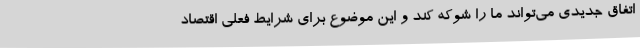
اتفاق جدیدی می‌تواند ما را شوکه کند و این موضوع برای شرایط فعلی اقتصاد